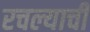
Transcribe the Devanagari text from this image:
रचल्याची